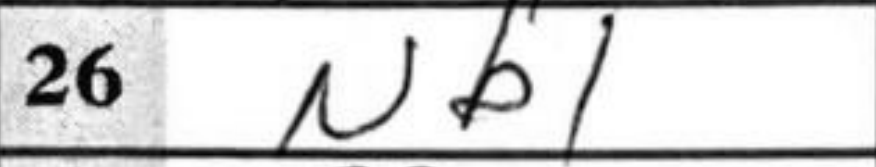
Transcription: Nb1